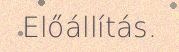
Előállítás.